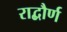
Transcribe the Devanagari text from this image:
राद्बौर्ण